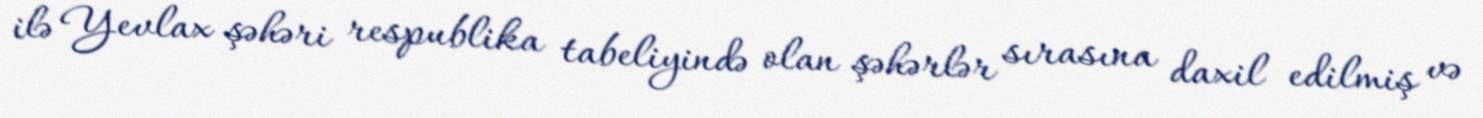
ilə Yevlax şəhəri respublika tabeliyində olan şəhərlər sırasına daxil edilmiş və